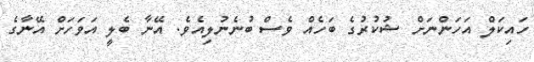
ހައިކަލް އަހަންނަށް ޝުކުރުގެ ބަހެއް ވެސް ބުނެނުލިއެވެ. އޭނާ ބެލީ އަވަހަށް އޭނާގެ